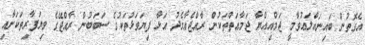
އެގޮތުން ބައިނައްލަޢުވާމީ ޖަމްއިއްޔާ ޖަމާޢަތްތަކުން ރާއްޖެއާމެދު އަޅާ ފިޔަވަޅުތަކުގެ ސަބަބުން ރާއްޖޭގެ ވިޔަފާރިތަކަށާއި